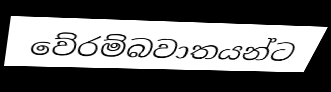
වේරම්බවාතයන්ට